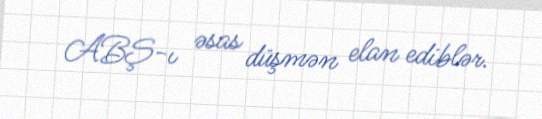
ABŞ-ı əsas düşmən elan ediblər.